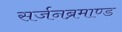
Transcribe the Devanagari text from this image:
सर्जनब्रमाण्ड